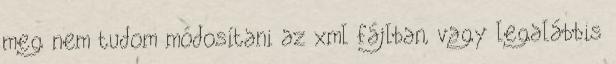
meg nem tudom módosítani az xml fájlban, vagy legalábbis